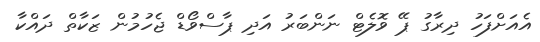
އެއަށްފަހު ދިރާގު ޕޭ ވޮލެޓް ނަންބަރު އަދި ޕާސްވޯޑް ޖެހުމުން ޒަކާތް ދައްކާ